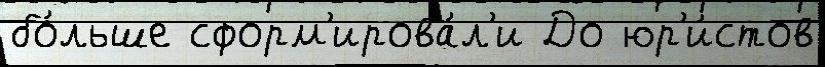
бо́льше сформ'ирова́л'и До юр'и́стов